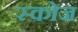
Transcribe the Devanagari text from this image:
स्कोज